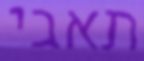
תאבי